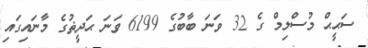
ސަޙީޙް މުސްލިމް ގެ 32 ވަނަ ބާބުގެ 6199 ވަނަ ޙަދީޡުގެ މާނައިގައި